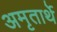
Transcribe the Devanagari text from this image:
अमृतार्थे